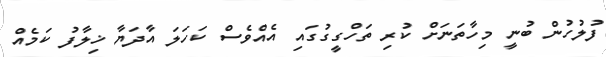
ފުލުހުން ބުނީ މިހާތަނަށް ކުރި ތަހްގީގުގައި އެއްވެސް ކަހަލަ އާދަޔާ ޚިލާފު ކަމެއް